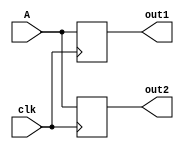
/*
Author: Nathan Spence

Program Name: Lab11Part1

Creation Date: 4/17/2023

Date Last Updated: 4/17/2023

Function: This program allows us to view the difference between blocking and non-blocking assignment

Method: Swap the blocking and non-blocking assignments

Inputs: clk, A

Outputs: out1, out2

Comments:
*/

module Lab11Part1(
	input clk,
	input [7:0] A,
	output reg [7:0] out1,
	output reg [7:0] out2
);

	//Non-blocking approach
	always@(posedge clk)
	begin
	
		out1 = A;
		out2 = out1;
		
	end
	
endmodule